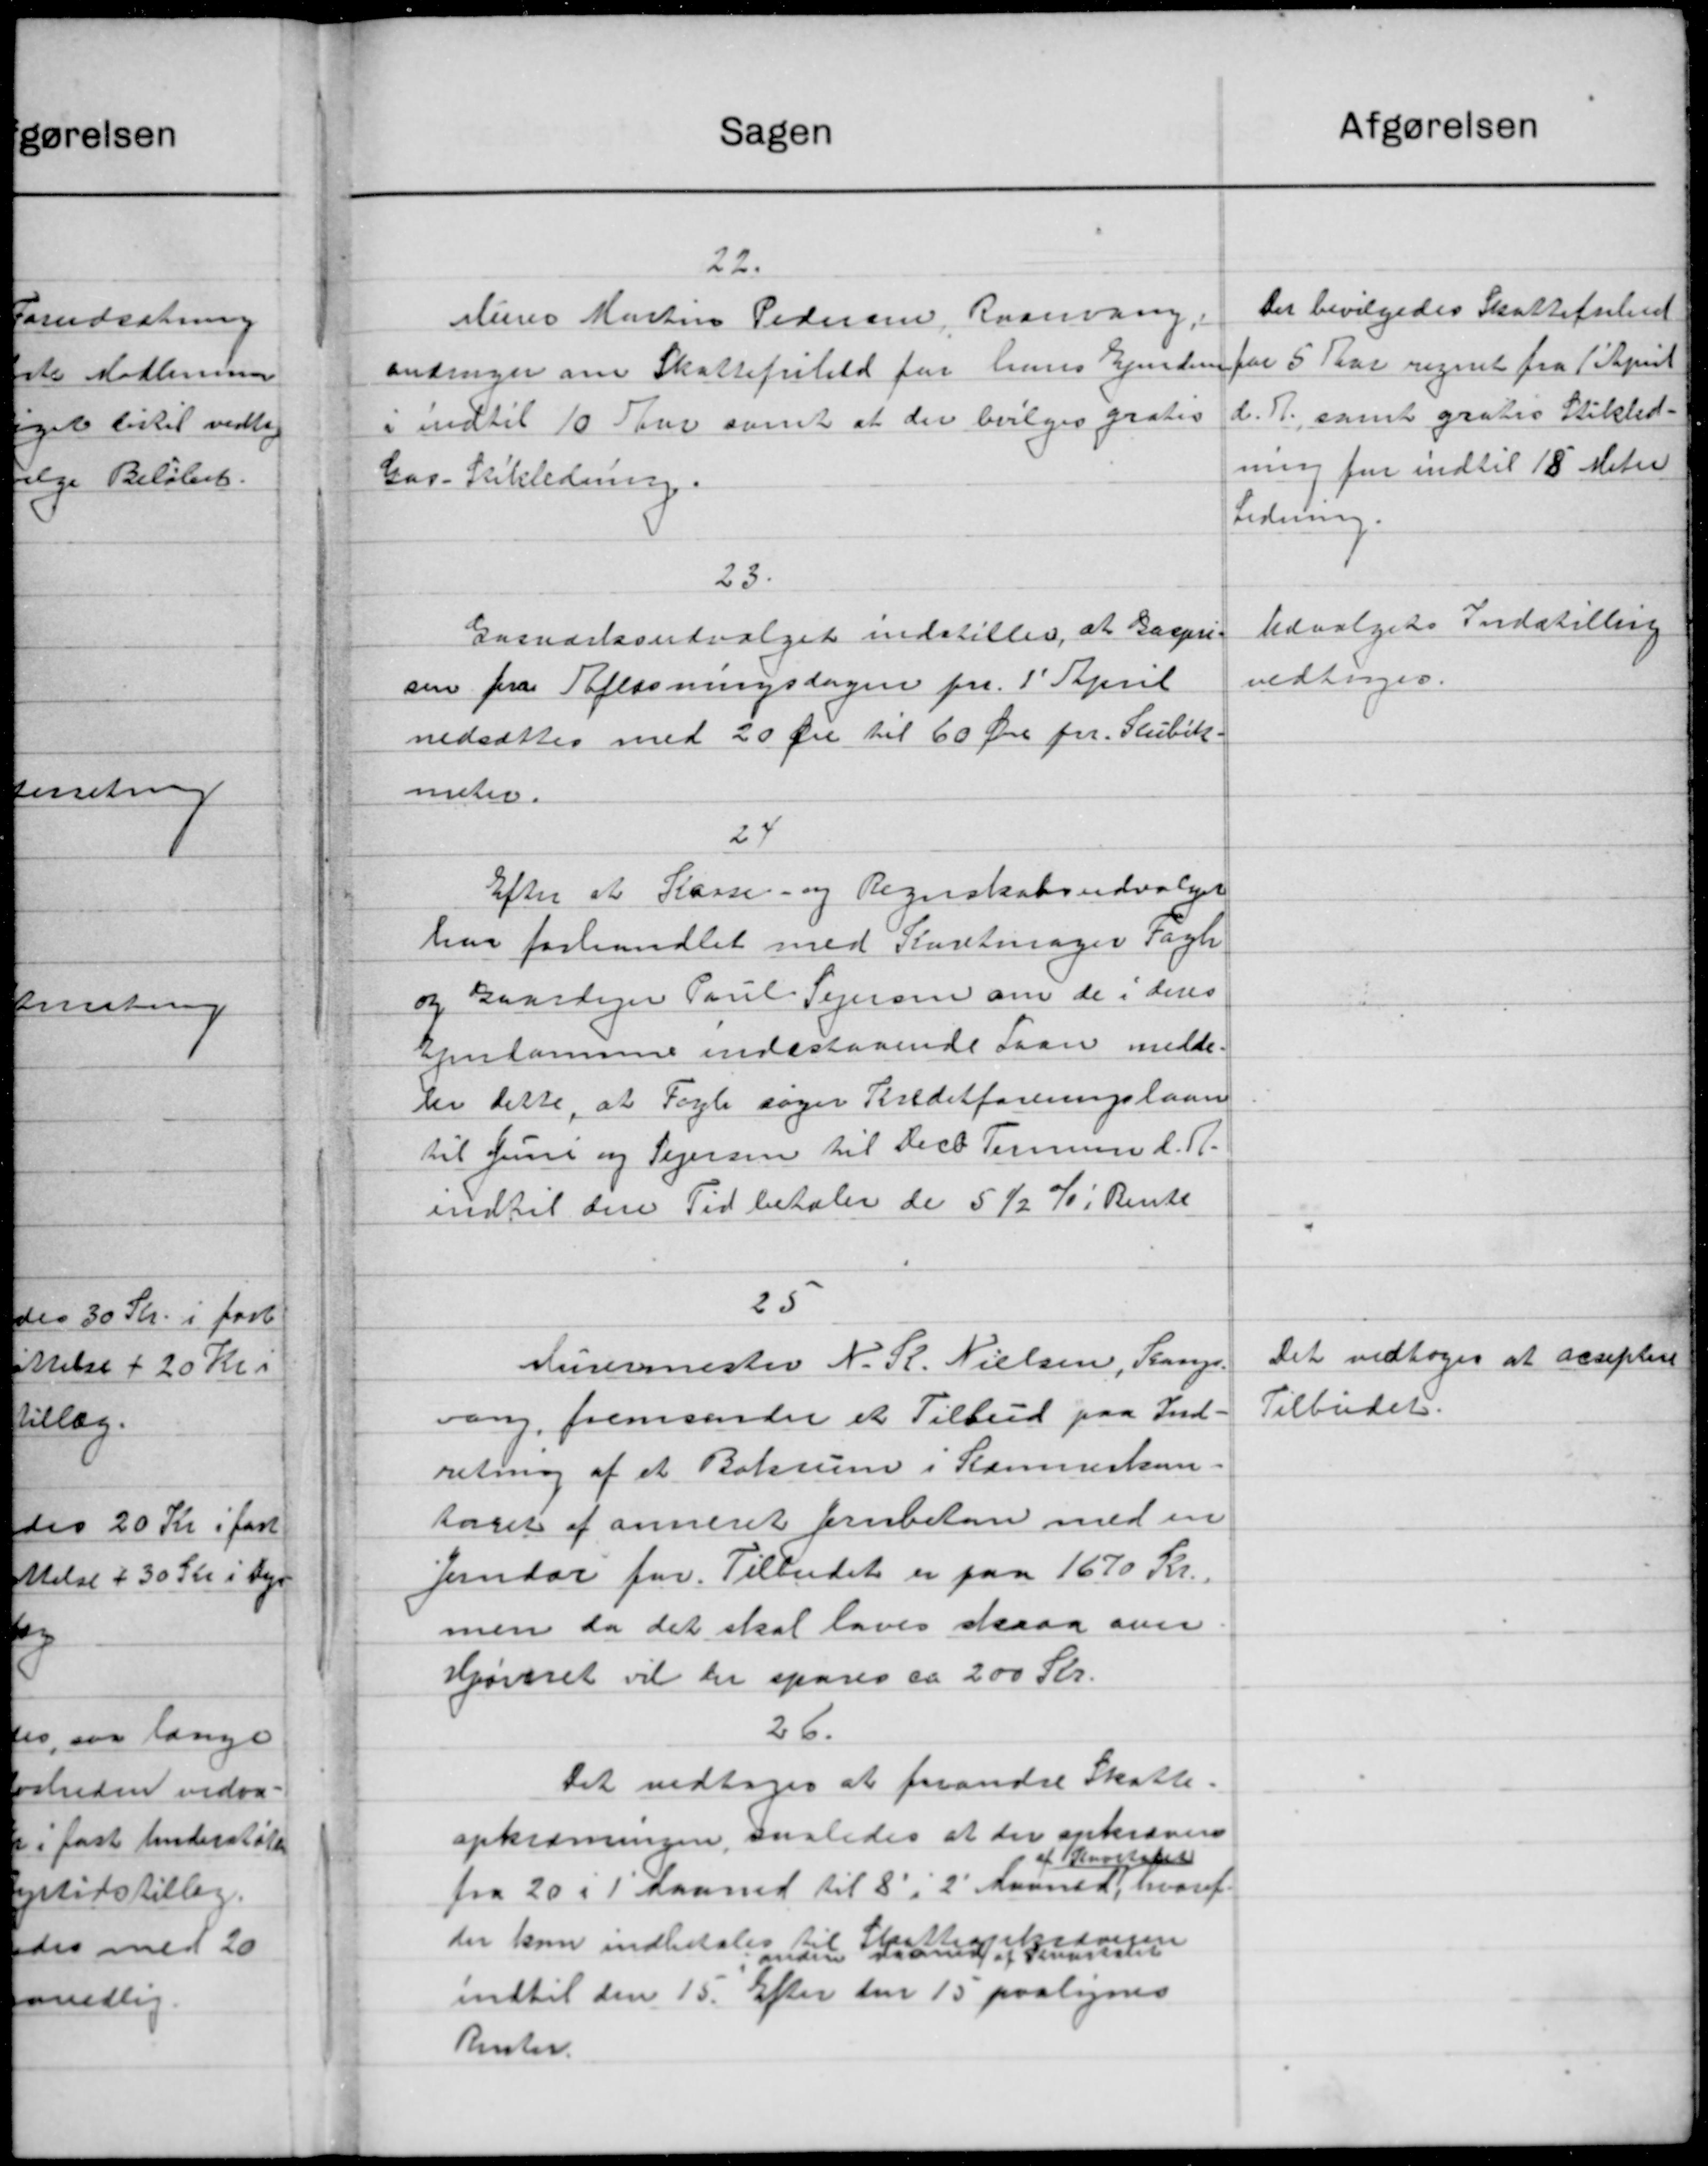
Transskription:
gørelsen
Forudsætning
ste Medlemmer
get lidtil vedtog
ølge Beløb
5
0,000 Kr.
alveden vedra-
i fast Understøtte
optidstillæg
des med 20
anedlig

Sagen
22.
Murer Martin Pedersen, Raanvang,
andrager om Skattefrihold for hans Ejendom
i indtil 10 Skov samt at der bevilges gratis
Car- Stikledning
23.
Gasværksudvalget indstiller, at Gaspri-
sen fra Afløsningsdagen fra 1' April
nedsættes med 20 Øre til 60 Øre pr. Stubik
meter.
24
Efter at Kasse- og Regnskabsudvalget
har forhandlet med Karetmager Fogh.
og Gaardejer Paul Sejersen om de i deres
Ejendomme indestaaende Laan medde.
8
der dette, at Fagle søger Breditforeningslaan
til Juni og Sejersen til Decb Temmen d. A.
indtil den Tid betaler de 5 ½ % i Rente
25
Kurermester N. R. Nielsen, Trange.
vang, fremsender et Tilbud paa Ind-
retning af et Borum i Stammerkon
taget af anneret forubeton med en
Jendør for Tilbudet er paa 1670 Kr.
men da det skal laves desaa over
Hjørnet vil der spares ca 200 St.
26.
Det vedtoges at forandre Skatte.
opkrævningen, saaledes at der ankrævere
af Kvartaler
fra 20 i 1 Laaned til 8 i 2 Maaned, hvoraf
der kan indbetaling til Skattede Hansen
indtil den 15. Efter den 15 paalignes
Renter.